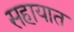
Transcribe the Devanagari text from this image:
सहायात